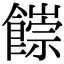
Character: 𩞉